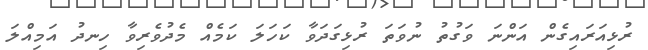
ރުޅިއަރައިގެން އަންނަ ވަގުތު ނުވަތަ ރުޅިގަދަވާ ކަހަލަ ކަމެއް މެދުވެރިވާ ހިނދު އަމިއްލަ